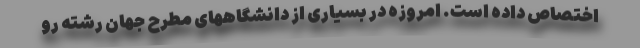
اختصاص داده است. امروزه در بسیاری از دانشگاههای مطرح جهان رشته رو